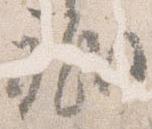
祇